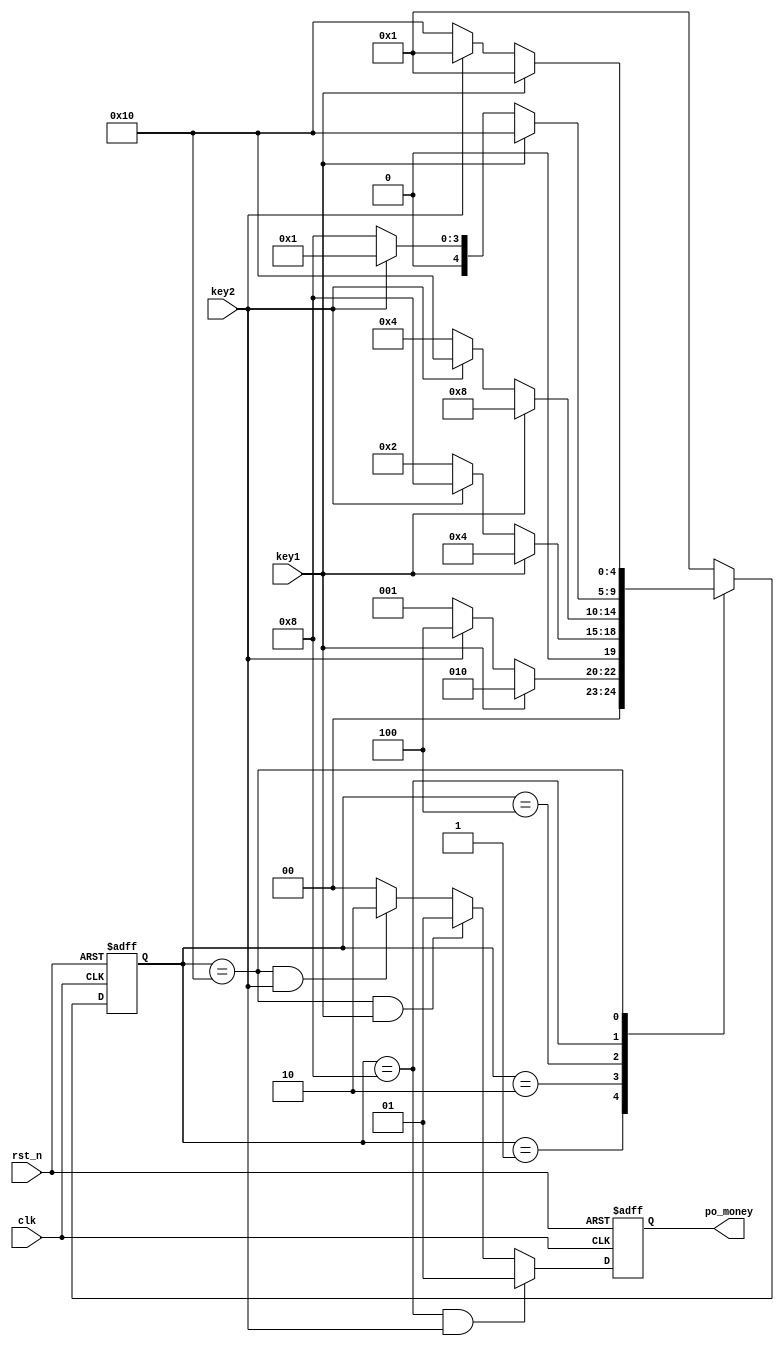
module fsm(
	input		wire		clk,
	input		wire		rst_n,
	input		wire        key1,
	input		wire        key2,
	output		reg [1:0]	po_money					
	);


parameter	ZERO =5'b00001;
parameter	ONE  =5'b00010;
parameter	TWO  =5'b00100;
parameter	THREE=5'b01000;
parameter	FOUR =5'b10000;
reg [4:0]state;
reg 	po_thing;
always @(posedge clk or negedge rst_n) begin
	if (rst_n== 1'b0) begin
		state <= ZERO;
	end
	else  case(state)
		ZERO:
		if(key1 == 1'b1 )begin
			state <= ONE;
		end 
		else  if(key2 == 1'b1)begin
			state <= TWO;
		end
		else begin
			state <= ZERO;
		end

		ONE  :if(key1 == 1'b1)begin
			state<=TWO;
		end 
		else  if(key2 == 1'b1)begin
			state<=THREE;
		end
		else begin
			state<=ONE;
		end 

		TWO  :if(key1 == 1'b1)begin
			state<=THREE;
		end 
		else  if(key2 == 1'b1)begin
			state<=FOUR;
		end
		else begin
			state<=TWO;
		end  

		THREE:if(key1 == 1'b1)begin
			state<=FOUR;
		end 
		else  if(key2 == 1'b1)begin
			state<=ZERO;
		end
		else begin
			state<=THREE;
		end  

		FOUR :if(key1 == 1'b1)begin
			state<=ZERO;
		end 
		else  if(key2 == 1'b1)begin
			state<=ZERO;
		end
		else begin
			state<=FOUR;
		end  
		default state<=ZERO;
	endcase

	end

always @(posedge clk or negedge rst_n) begin
	if (rst_n== 1'b0) begin
		po_money<=2'b00;
	end
	else if(state==THREE&&key2 == 1'b1)begin
		  po_money<=2'b01;
	end
	else if (state==FOUR&&key1 == 1'b1) begin
		  po_money<=2'b01;
	end
	else if(state==FOUR&&key2 == 1'b1)begin
		  po_money<=2'b10;
	end
	else po_money<=2'b00;
end
always @(posedge clk or negedge rst_n) begin
	if (rst_n== 1'b0) begin
		po_thing<='d0;
	end
	else if(state==THREE&&key2 == 1'b1)begin
		  po_thing<=1'd1;
	end
	else if (state==FOUR&&key1 == 1'b1) begin
		  po_thing<=1'd1;
	end
	else if(state==FOUR&&key2 == 1'b1)begin
		  po_thing<=1'd1;
	end
	else begin
		  po_thing<=1'd0;
	end
end
endmodule